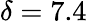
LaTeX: \delta=7.4